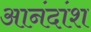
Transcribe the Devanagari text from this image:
आनंदांश